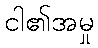
ငါ၏အမှု